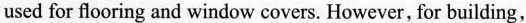
used for flooring and window covers. However, for building,